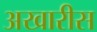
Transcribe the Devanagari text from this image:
अखारीस